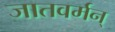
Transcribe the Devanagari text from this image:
जातवर्मन्‌